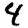
Digit: 4